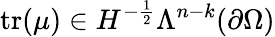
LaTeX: \mathrm{tr}(\mu)\in H^{-\frac{1}{2}}\Lambda^{n-k}(\partial\Omega)